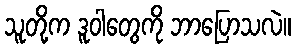
သူတို့က ဒူဝါတွေကို ဘာပြောသလဲ။